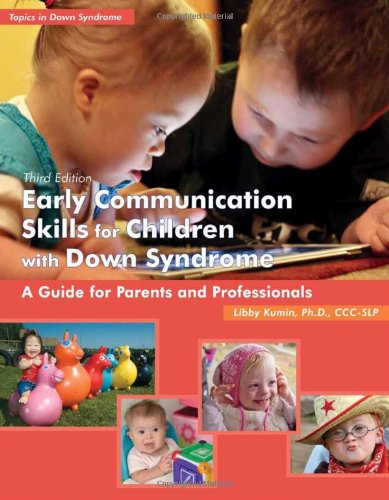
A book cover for Early Communication Skills for Children with Down Syndrome: A Guide for Parents and Professionals (Topics in Down Syndrome); Libby Kumin; Education & Teaching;